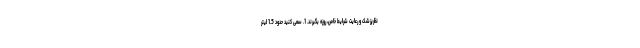
نظرپزشک و رعایت شرایط خاص، روزه بگیرند. 1. سعی کنید حدود 1.5 لیتر